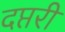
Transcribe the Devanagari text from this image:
दप्तरी